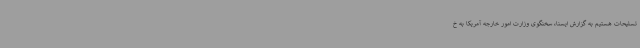
تسلیحات هستیم به گزارش ایسنا، سخنگوی وزارت امور خارجه آمریکا به خ